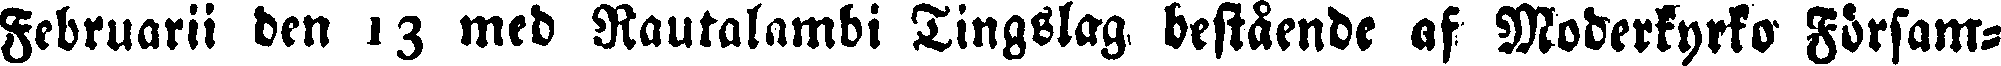
Februarii den 13 med Rautalambi Tingslag bestående af Moderkyrko Försam-